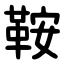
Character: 鞍